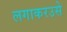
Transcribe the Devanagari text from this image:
लगाकरउसे